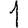
Digit: 1